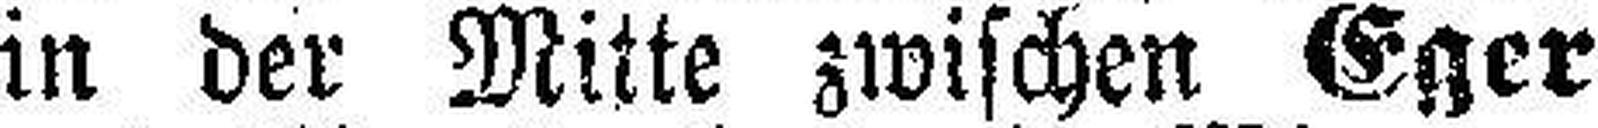
in der Mitte zwischen Eger